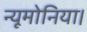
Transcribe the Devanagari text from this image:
न्यूमोनिया।